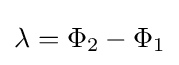
\lambda =\Phi _{2}-\Phi _{1}